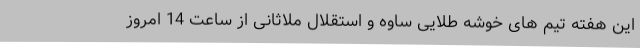
این هفته تیم های خوشه طلایی ساوه و استقلال ملاثانی از ساعت 14 امروز